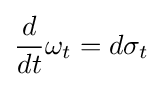
{\frac {d}{dt}}\omega _{t}=d\sigma _{t}